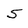
Character: 5